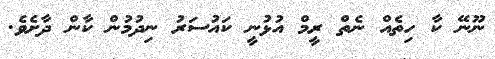
ނޫނޭ ކާ ހިތެއް ނެތް ރީމް އުޅުނީ ކައުސަރު ނިދުމުން ކާން ދާށެވެ.